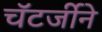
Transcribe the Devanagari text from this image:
चॅटर्जीने